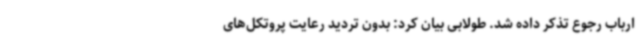
ارباب رجوع تذکر داده شد. طولابی بیان کرد: بدون تردید رعایت پروتکل‌های